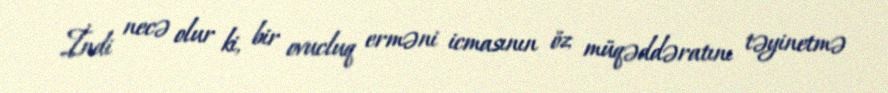
İndi necə olur ki, bir ovucluq erməni icmasının öz müqəddəratını təyinetmə